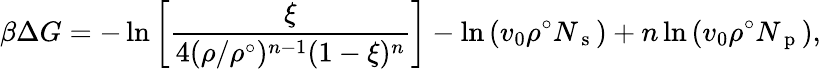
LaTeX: \beta\Delta G=-\ln\left[\frac{\xi}{4(\rho/\rho^{\circ})^{n-1}(1-\xi)^{n}}\right]-\ln\left(v_{0}\rho^{\circ}N_{\mathrm{~s~}}\right)+n\ln\left(v_{0}\rho^{\circ}N_{\mathrm{~p~}}\right),